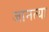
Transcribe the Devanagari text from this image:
जानत्या